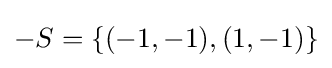
-S=\{(-1,-1),(1,-1)\}